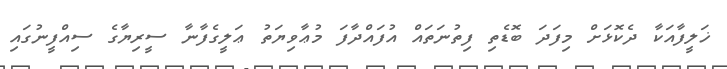
ޚަލީފާއަކާ ދެކޮޅަށް މިފަދަ ބޮޑެތި ފިތުނަތައް އުފައްދާފަ މުޢާވިޔަތު ޢަލީގެފާނާ ސީރިޔާގެ ސިއްފީނުގައި